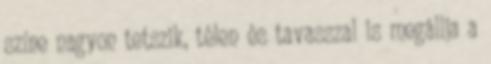
színe nagyon tetszik, télen és tavasszal is megállja a